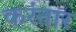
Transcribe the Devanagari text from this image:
करंतार